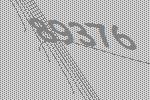
89376